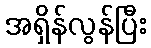
အရှိန်လွန်ပြီး